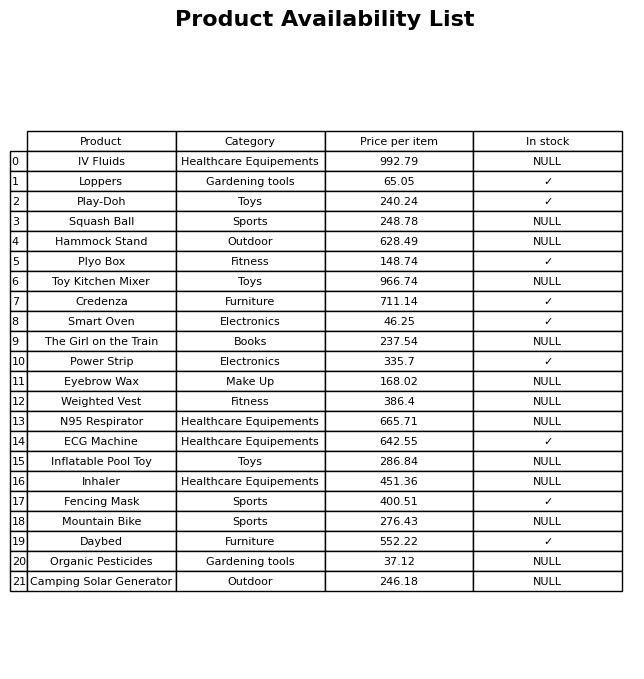
question: What is the price of the Squash Ball?
answer: The price of Squash Ball is 248.78.